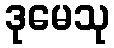
ဒုမေသု